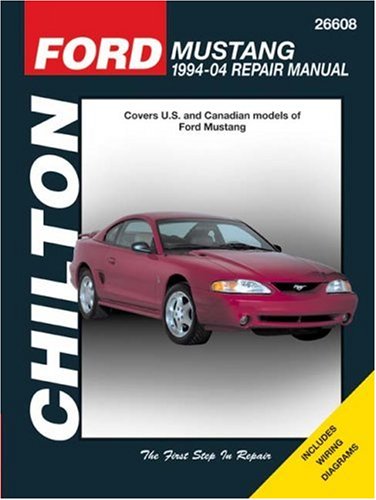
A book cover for Ford Mustang: 1994 through 2004, Updated to include 1999 through 2004 models (Chilton's Total Car Care Repair Manual); Chilton; Engineering & Transportation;